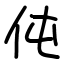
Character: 伅